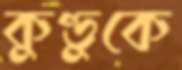
কুণ্ডুকে